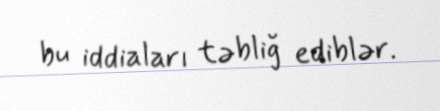
bu iddiaları təbliğ ediblər.